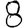
Digit: 8